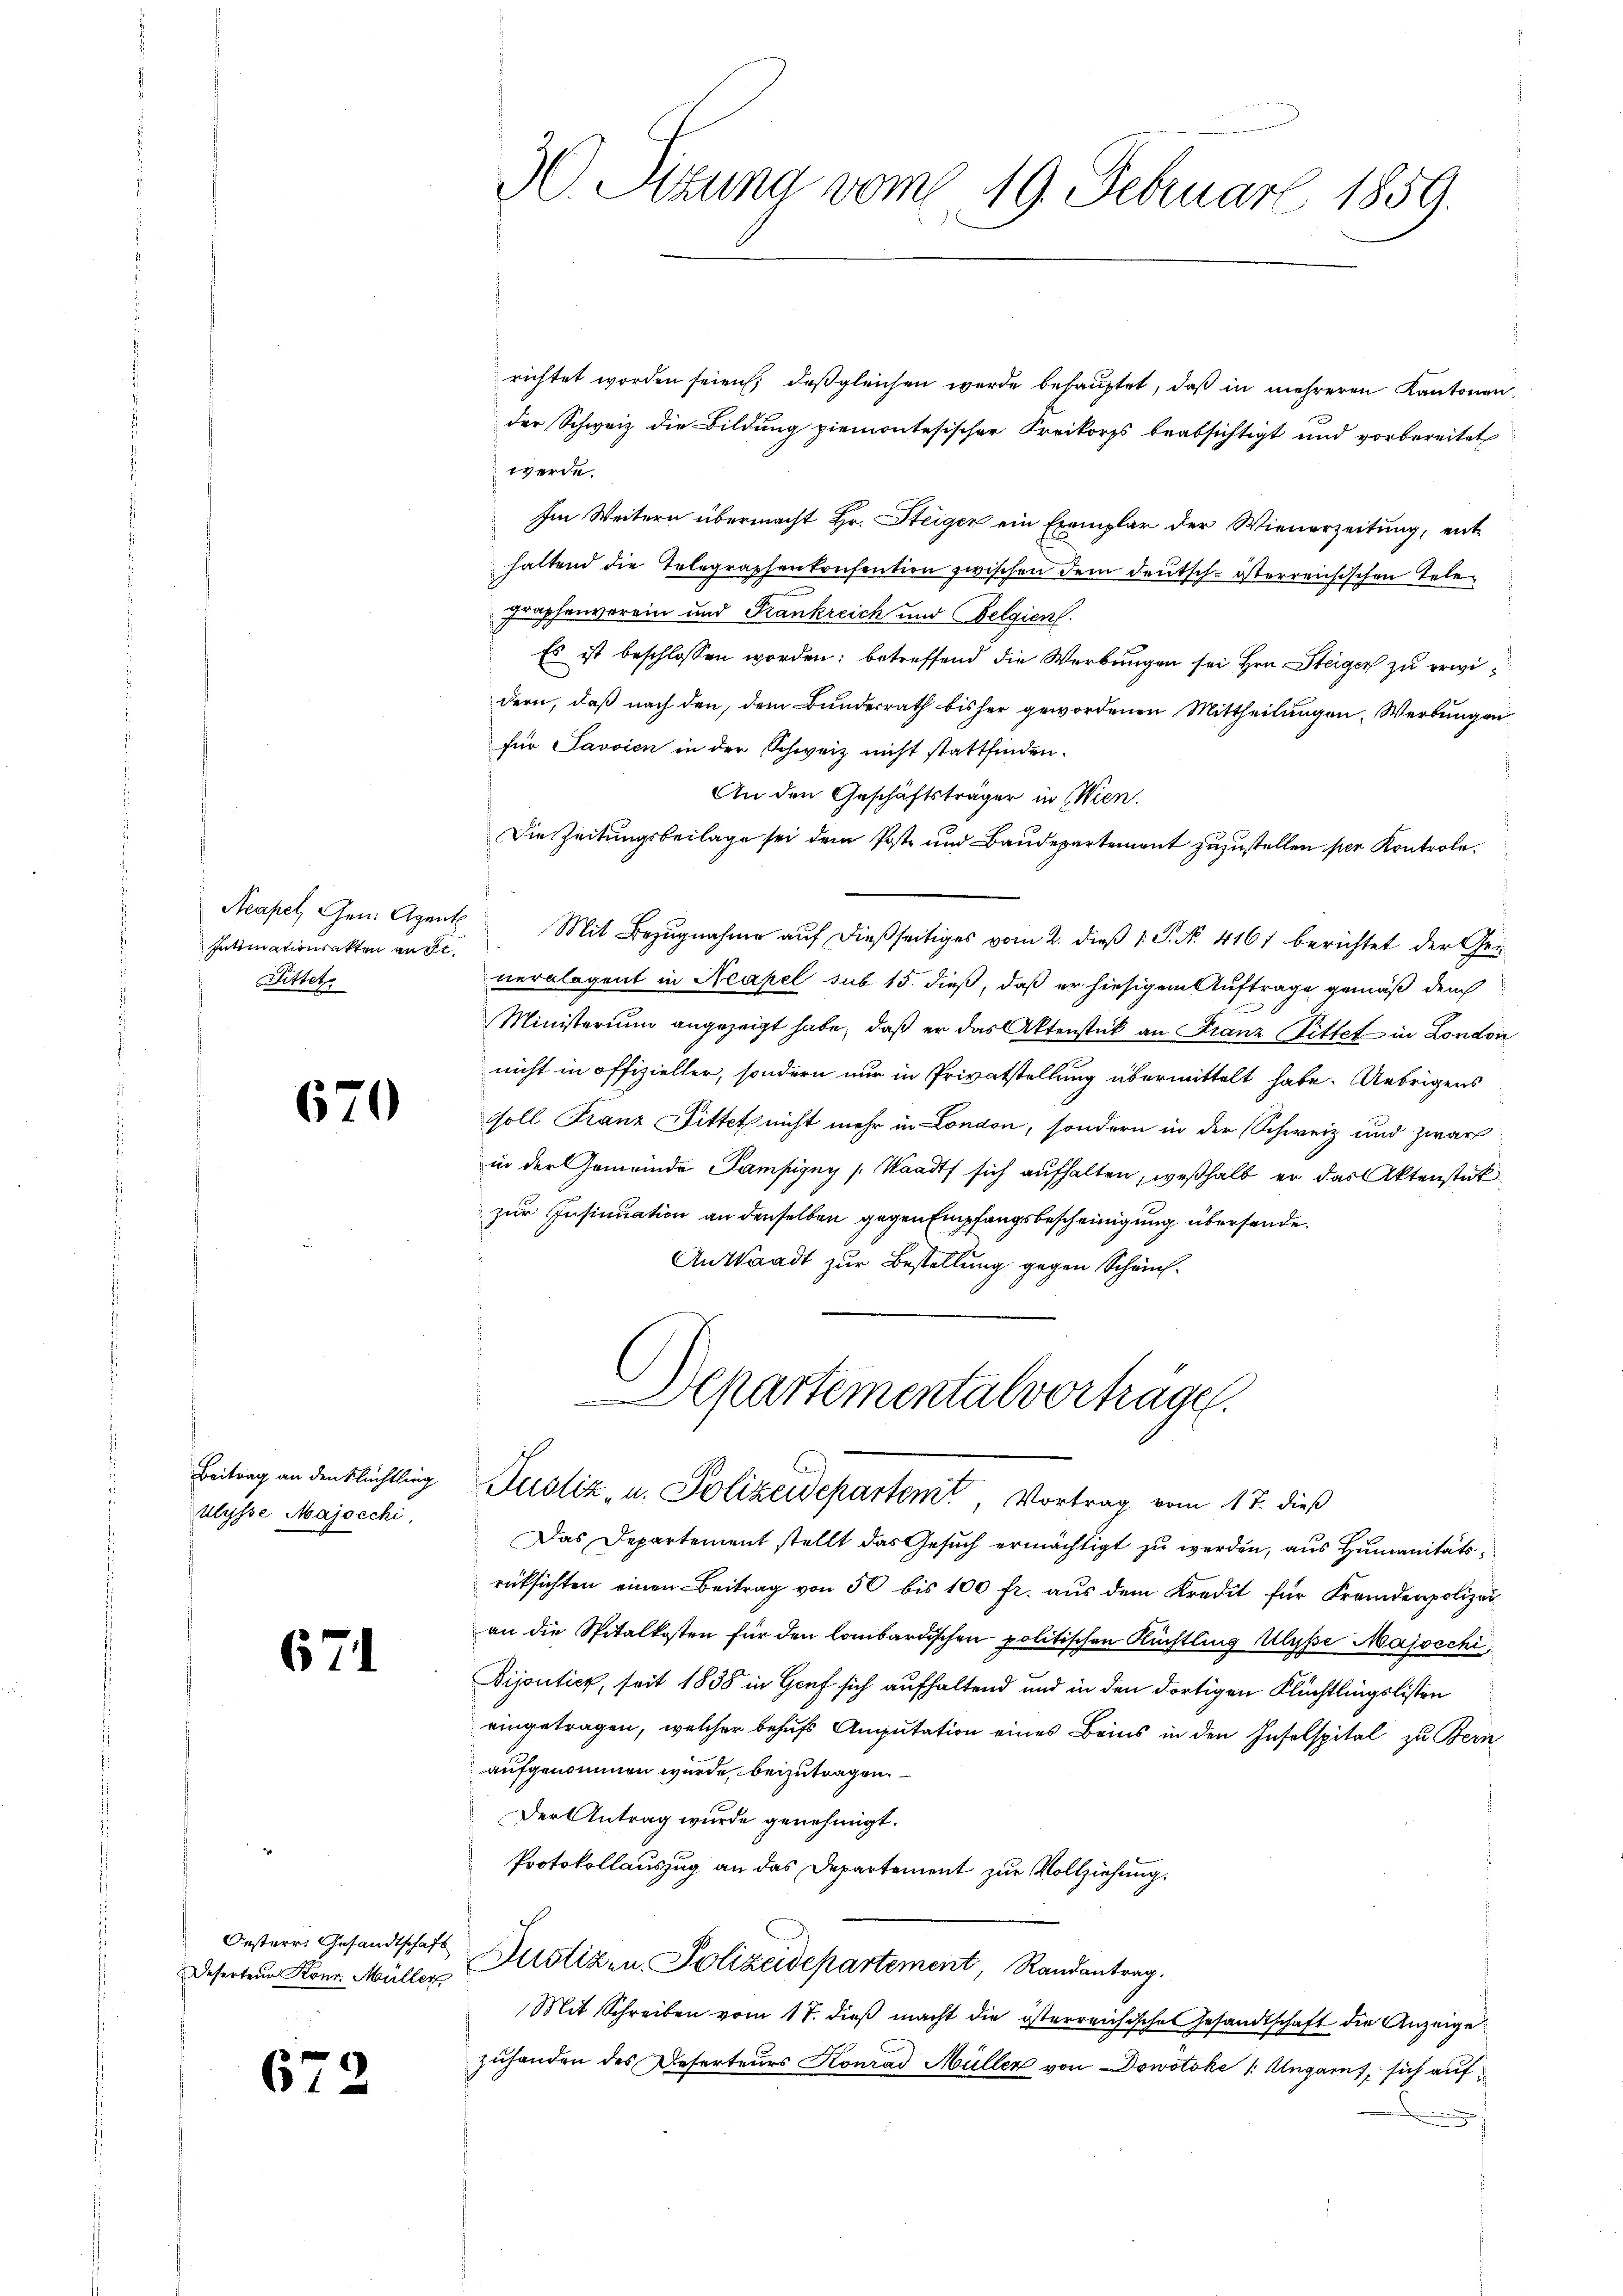
Intimationsakten auft
Bittet

670

Beitrag an den Flüchtling
Ulysse Majocchi,

671

Deferteur Konr. Müller

672

richtet worden seien; daß gleichen wurde behauptet, daß in mehreren Kantonender Schweiz die Bildung ziemontesischer Kreikorps beabsichtigt und vorbereitet
werde.
Im Weitern übermacht Hr. Steigen ein Exemplar der Wienerzeitung, enthaltend die Telegraphenkonsention zwischen dem Deutsch-österreichischen Telegraphenverein und Frankreich und Belgien
Es ist beschlossen worden; betreffend die Werbungen sei Hrn. Steiger zu erwidern, daß nach den, dem Bundesrath bisher gewordenen Mittheilungen, Werbungen
für Javvien in der Schweiz nicht stattfinden.
An den Geschäftsträger in Wien.
Die Zeitungsbeilage sei dem Poste und Baudepartement zuzustellen per Kontrole
Acapel, Gen. Agent Mit Bezŭgnahme aŭf dießseitiges vom 2. dieβ  P. Nr. 4161 berichtet der Gei
neralagent in Neapel sub 15. dieß, daß er hiesigem Auftrage gemäß dem
Ministerium angezeigt habe, daß er das Aktenstück an Franz Gittel in London
nicht in offizieller, sondern nur in Privatstellung übermittelt habe. Uebrigens
soll Franz Fittet nicht mehr in London, sondern in der Schweiz und zwar
in der Gemeinde Sampigny (Staadt sich aufhalten, weßhalb er das Aktenstück
zur Insinuation an denselben gegen Empfangsbescheinigung übersende.
An Waadt zur Bestellung gegen Schau¬
Aepartementalvorträge.

30. Sitzung vom 19. Februar 1859.

Justiz, u. Polizeidepartem Vortrag vom 17. dieß

Das Departement stellt das Gesuch ermächtigt zu werden, aus Humanitätsrücksichten einen Beitrag von 50 bis 100 fr. aus dem Kredit für Fremdenpolizei
an die Spitalkosten für den lombardischen politischen Rüchtling Ulysse Majocchi,
Bijoutier, seit 1838 in Genf sich aufhaltend und in den dortigen Flüchtlingslisten
eingetragen, welcher behufs Anputation eines Beins in den Inselspital zu Bern
aufgenommen wurde beizutragen.
Der Antrag wurde genehmigt.
Protokollauszug an das Departement zur Vollziehung.
Oesterr. Gesandtschaft Zustiz in Polizeidepartement, Randantrag.
Mit Schreiben vom 17. dieβ macht die österreichische Gesandtschaft die Anzeige
zuhanden des Deserteurs Konrad Müller von Dowotöke /: Ungarn, sich auf¬